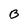
Character: B